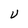
Character: U